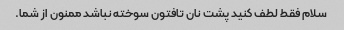
سلام فقط لطف کنید پشت نان تافتون سوخته نباشد ممنون از شما.